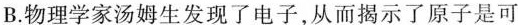
B.物理学家汤姆生发现了电子，从而揭示了原子是可